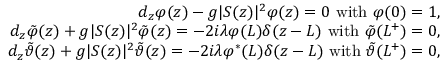
\begin{array} { r l r } & { } & { d _ { z } \varphi ( z ) - g \vert S ( z ) \vert ^ { 2 } \varphi ( z ) = 0 \ \mathrm { w i t h } \ \varphi ( 0 ) = 1 , } \\ & { } & { d _ { z } \tilde { \varphi } ( z ) + g \vert S ( z ) \vert ^ { 2 } \tilde { \varphi } ( z ) = - 2 i \lambda \varphi ( L ) \delta ( z - L ) \ \mathrm { w i t h } \ \tilde { \varphi } ( L ^ { + } ) = 0 , } \\ & { } & { d _ { z } \tilde { \vartheta } ( z ) + g \vert S ( z ) \vert ^ { 2 } \tilde { \vartheta } ( z ) = - 2 i \lambda \varphi ^ { \ast } ( L ) \delta ( z - L ) \ \mathrm { w i t h } \ \tilde { \vartheta } ( L ^ { + } ) = 0 , } \end{array}